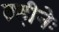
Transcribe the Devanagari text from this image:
तहीनेः